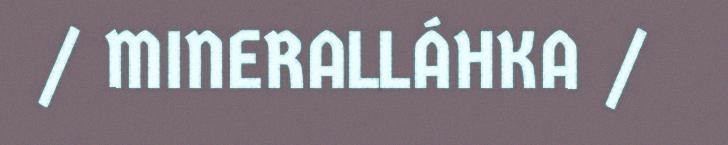
/ MINERALLÁHKA /